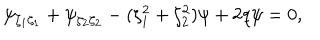
LaTeX: \psi _ { \zeta _ { 1 } \zeta _ { 1 } } + \psi _ { \zeta _ { 2 } \zeta _ { 2 } } - ( \zeta _ { 1 } ^ { 2 } + \zeta _ { 2 } ^ { 2 } ) \psi + 2 q \psi = 0 ,